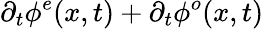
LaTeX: \partial_{t}\phi^{e}(x,t)+\partial_{t}\phi^{o}(x,t)